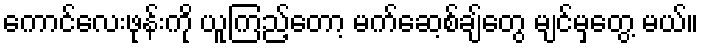
ကောင်လေးဖုန်းကို ယူကြည့်တော့ မက်ဆေ့စ်ချ်တွေ မျင်မှတွေ့ မယ်။